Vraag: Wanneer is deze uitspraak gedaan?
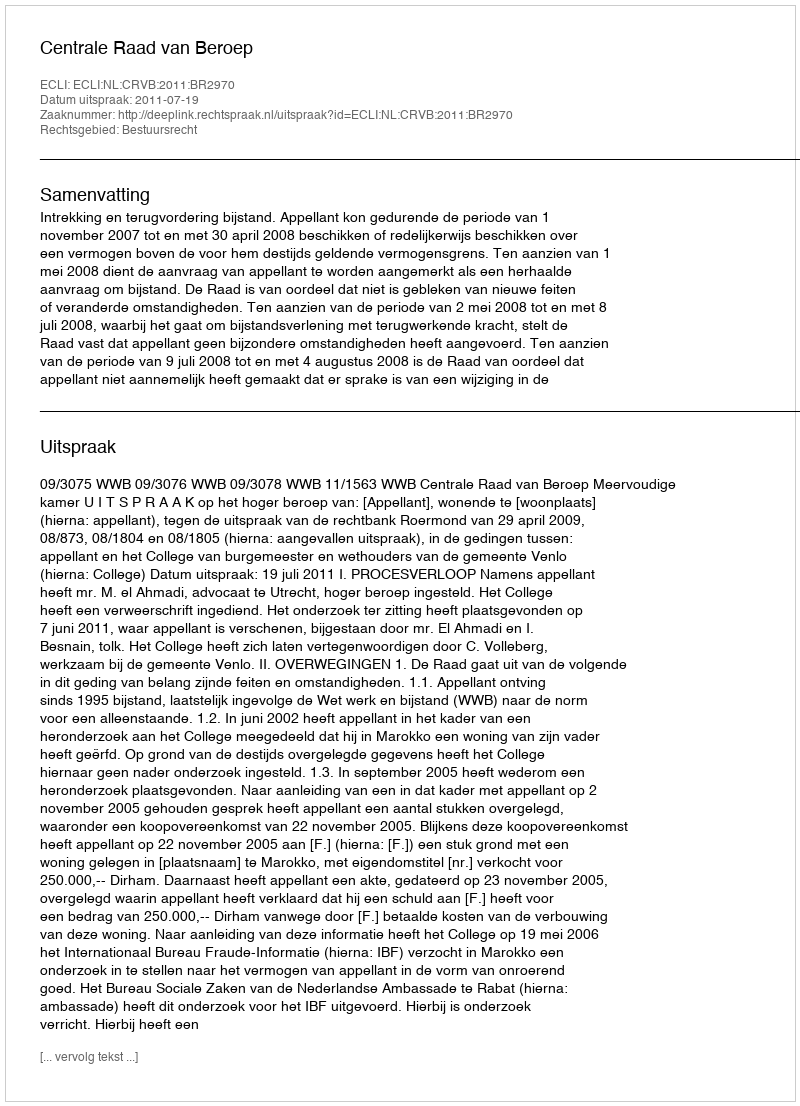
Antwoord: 2011-07-19